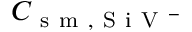
C _ { \mathrm { ~ s ~ m ~ , ~ S ~ i ~ V ~ } ^ { - } }